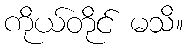
ကိုယ်တိုင် မသိ။